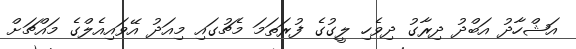
އަޝްހާދު އަބްދު ދިރާގު ދިވެހި ލީގުގެ ފުރަތަމަ މެޗުގައި މިއަދު އޭވައިއެލްގެ މައްޗަށް